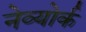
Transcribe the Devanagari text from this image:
नेव्योर्क